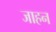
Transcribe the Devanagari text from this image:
जाहन